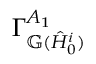
\Gamma _ { \mathbb { G } ( \hat { H } _ { 0 } ^ { i } ) } ^ { A _ { 1 } }